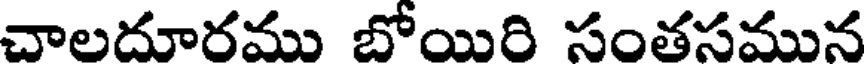
చాలదూరము బోయిరి సంతసమున